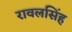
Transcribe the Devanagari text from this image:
रावलसिंह